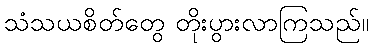
သံသယစိတ်တွေ တိုးပွားလာကြသည်။